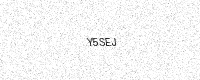
Text: Y5SEJ